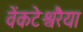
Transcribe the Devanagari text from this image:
वेंकटेश्वरैया